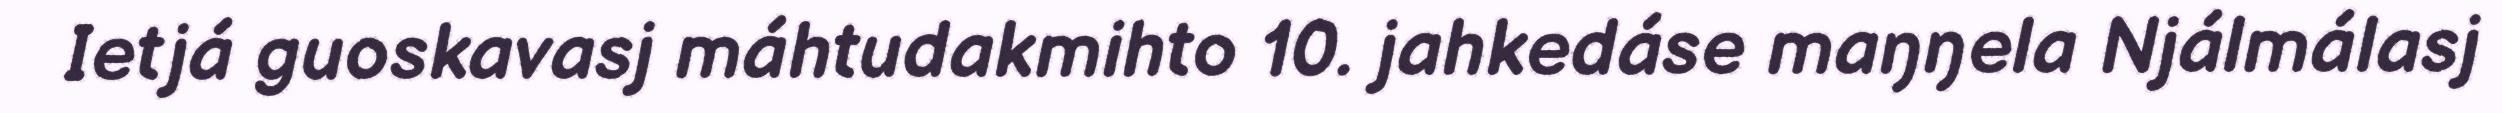
Ietjá guoskavasj máhtudakmihto 10. jahkedáse maŋŋela Njálmálasj